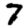
Digit: 7